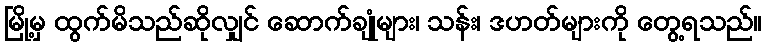
မြို့မှ ထွက်မိသည်ဆိုလျှင် ဆောက်ချုံများ၊ သန်း၊ ဒဟတ်များကို တွေ့ရသည်။